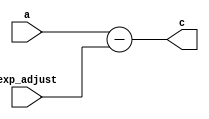
`timescale 1ns / 1ps
//////////////////////////////////////////////////////////////////////////////////
// Company: 
// Engineer: 
// 
// Design Name: 
// Module Name:    exp_adjust
// Project Name: 
// Target Devices: 
// Tool versions: 
// Description: 
//
// Dependencies: 
//
// Revision: 
// Revision 0.01 - File Created
// Additional Comments: 
//
//////////////////////////////////////////////////////////////////////////////////
module add(
    input [4:0] a,
    input [4:0] exp_adjust,
    output [5:0] c
    );

assign c = a - exp_adjust ;

endmodule